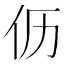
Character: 𮯸